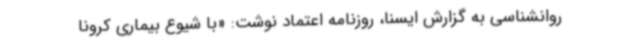
روانشناسی به گزارش ایسنا، روزنامه اعتماد نوشت: «با شیوع بیماری کرونا